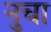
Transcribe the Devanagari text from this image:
नुचा